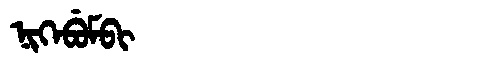
Manchu: ᠨᡳᡴᡝᠪᡠᠮᠪᡳ
Romanization: NIKEBUMBI